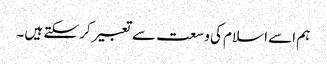
ہم اسے اسلام کی وسعت سے تعبیر کر سکتے ہیں۔